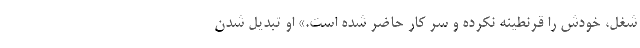
شغل، خودش را قرنطینه ‌نکرده و سر کار حاضر شده است.» او تبدیل شدن